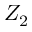
Z _ { 2 }